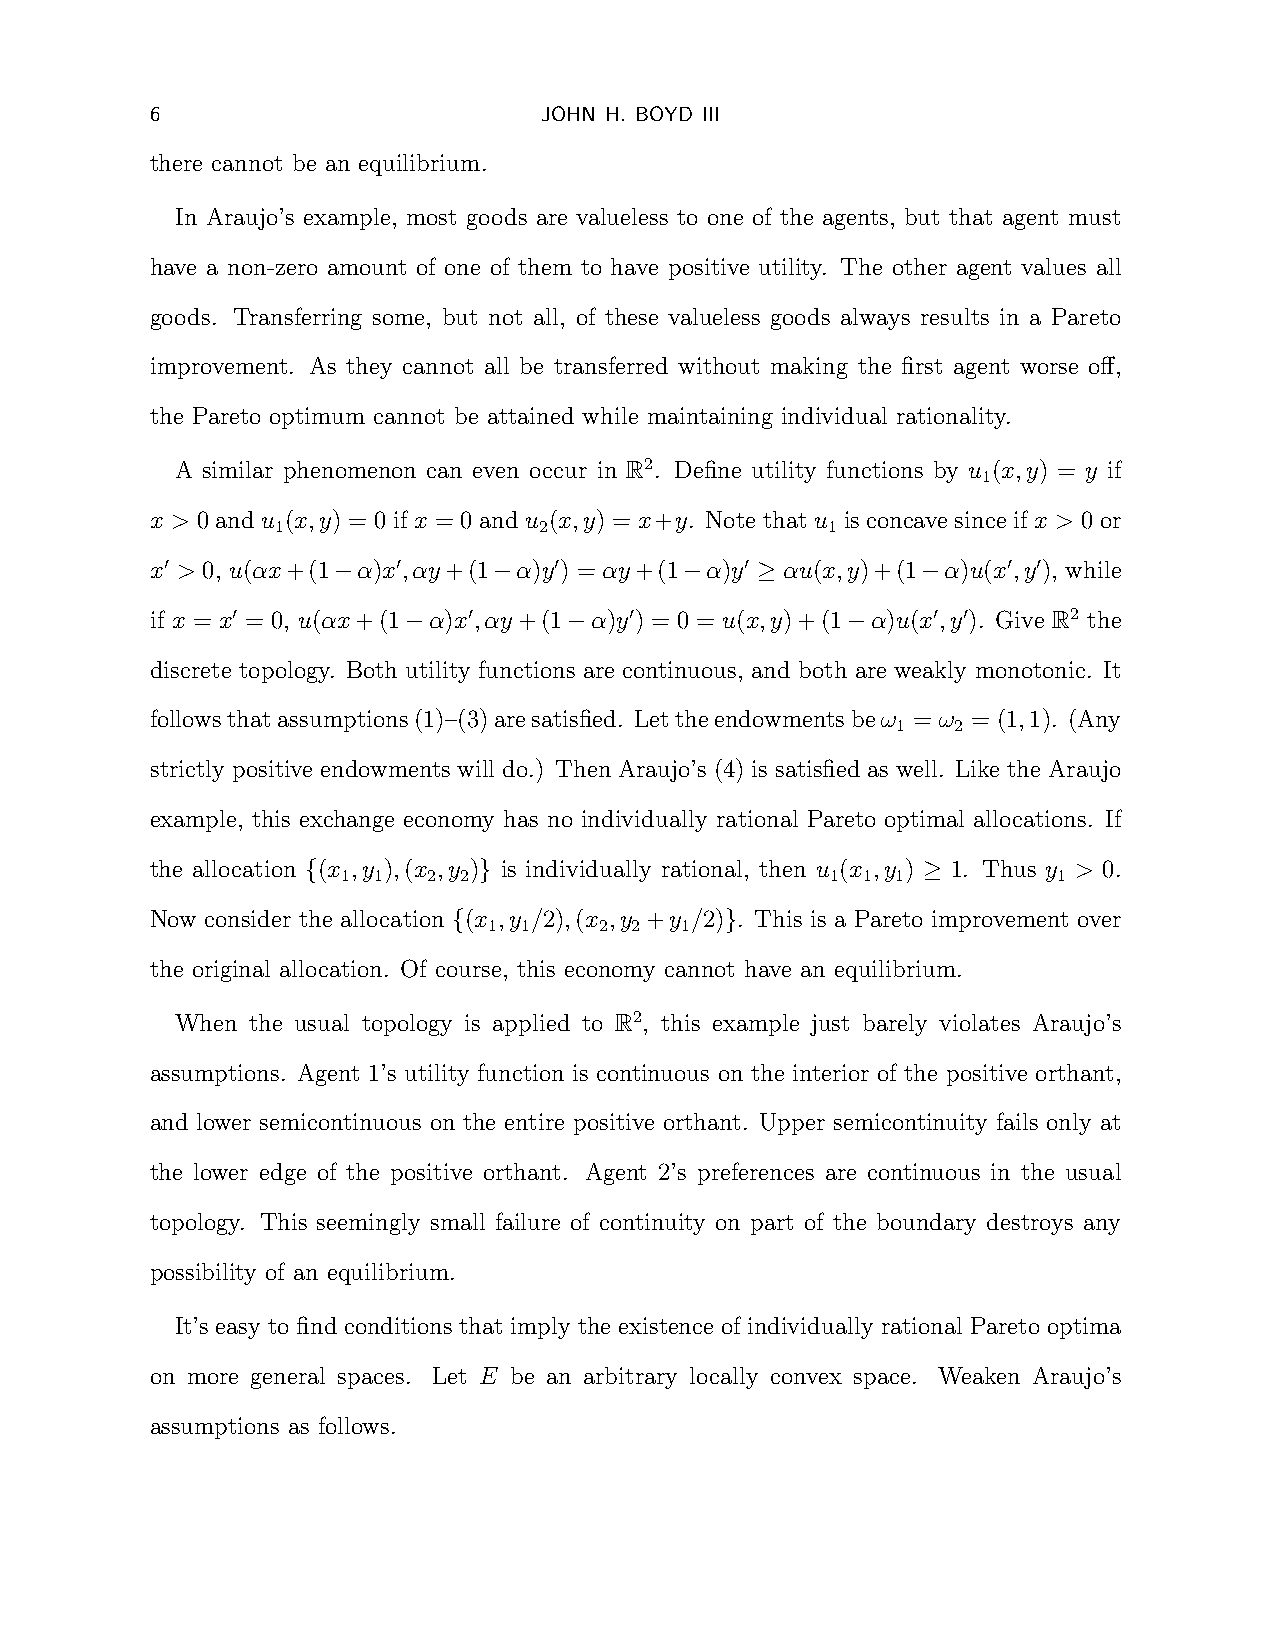
6                         JOHN H. BOYD III
 there cannot be an equilibrium.
 In Araujo’s example, most goods are valueless to one of the agents, but that agent must
 have a non-zero amount of one of them to have positive utility. The other agent values all
 goods. Transferring some, but not all, of these valueless goods always results in a Pareto
 improvement. As they cannot all be transferred without making the first agent worse off,
 the Pareto optimum cannot be attained while maintaining individual rationality.
 A similar phenomenon can even occur in R2. Define utility functions by u (x,y) = y if
 1
 x > 0 and u (x,y) = 0 if x = 0 and u (x,y) = x+y. Note that u is concave since if x > 0 or
 1                 2                  1
 x0 > 0, u(αx+(1−α)x0,αy+(1−α)y0) = αy+(1−α)y0 ≥ αu(x,y)+(1−α)u(x0,y0), while
 if x = x0 = 0, u(αx+(1−α)x0,αy+(1−α)y0) = 0 = u(x,y)+(1−α)u(x0,y0). Give R2 the
 discrete topology. Both utility functions are continuous, and both are weakly monotonic. It
 followsthatassumptions(1)–(3)aresatisfied. Lettheendowmentsbeω = ω = (1,1). (Any
 1   2
 strictly positive endowments will do.) Then Araujo’s (4) is satisfied as well. Like the Araujo
 example, this exchange economy has no individually rational Pareto optimal allocations. If
 the allocation {(x ,y ),(x ,y )} is individually rational, then u (x ,y ) ≥ 1. Thus y > 0.
 1 1  2 2                        1 1 1          1
 Now consider the allocation {(x ,y /2),(x ,y +y /2)}. This is a Pareto improvement over
 1 1     2 2  1
 the original allocation. Of course, this economy cannot have an equilibrium.
 When the usual topology is applied to R2, this example just barely violates Araujo’s
 assumptions. Agent 1’s utility function is continuous on the interior of the positive orthant,
 and lower semicontinuous on the entire positive orthant. Upper semicontinuity fails only at
 the lower edge of the positive orthant. Agent 2’s preferences are continuous in the usual
 topology. This seemingly small failure of continuity on part of the boundary destroys any
 possibility of an equilibrium.
 It’s easy to find conditions that imply the existence of individually rational Pareto optima
 on more general spaces. Let E be an arbitrary locally convex space. Weaken Araujo’s
 assumptions as follows.